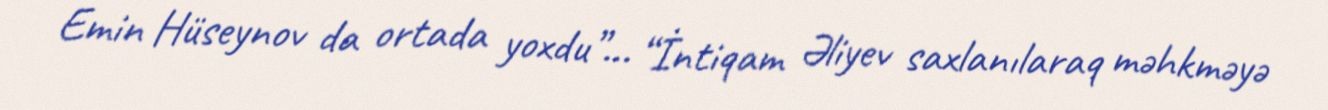
Emin Hüseynov da ortada yoxdu”... “İntiqam Əliyev saxlanılaraq məhkməyə